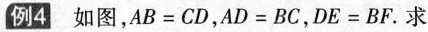
例4如图，$$A B = C D$$，$$A D = B C$$，$$D E = B F$$。求